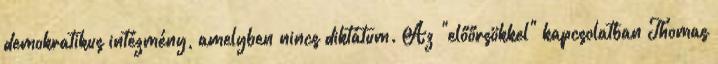
demokratikus intézmény, amelyben nincs diktátum. Az "előőrsökkel" kapcsolatban Thomas